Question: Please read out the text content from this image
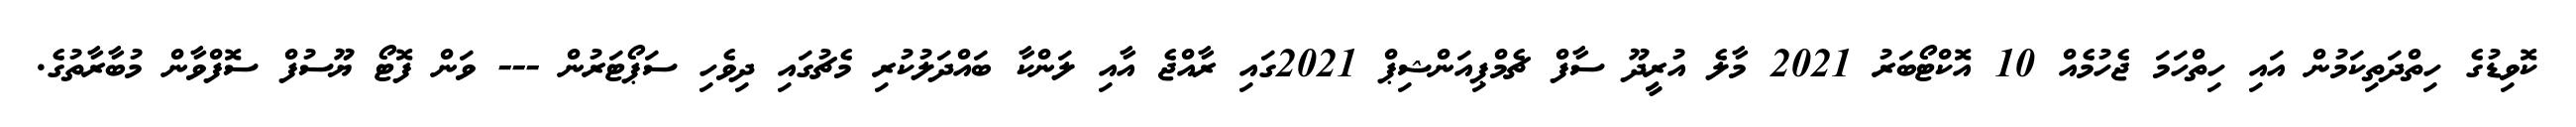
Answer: ކޮވިޑުގެ ހިތްދަތިކަމުން އައި ހިތްހަމަ ޖެހުމެއް 10 އޮކްޓޯބަރު 2021 މާލެ އުރީދޫ ސާފް ޗެމްޕިއަންޝިޕް 2021ގައި ރާއްޖެ އާއި ލަންކާ ބައްދަލުކުރި މެޗުގައި ދިވެހި ސަޕޯޓަރުން --- ވަން ފޮޓޯ ޔޫސުފް ސޮފްވާން މުބާރާތުގެ.